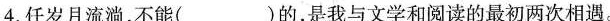
4.任岁月流淌，不能（）的，是我与文学和阅读的最初两次相遇。